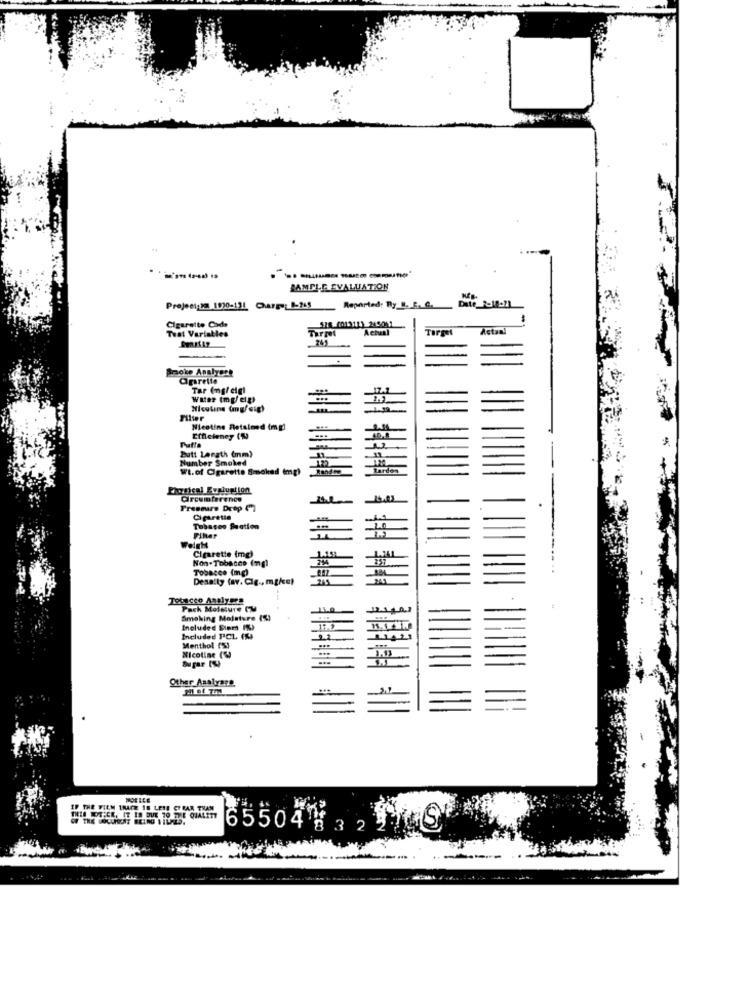
..
SAMPLE EVALUATION
Project:22 1930-131 Carga: 1-245
Reported: By_B. E. G.
Date 2-18-21
518 (01311) 245011
Teat Variables
Cigarette Code
Target
Actual
Target
noke Analyert
Oprette
Tar (mg/ eigl
17.1
Nicoline (mg/ sig)
Filter
Nicotine Retained (mg)
-
Efficiency (1)
Butt Lerath (mm)
Number Smoked
Wt.of Cigarette Smoked (mg)
Tardes
Circumference
Pressure Drop ("7
Cigaretta
Tobagoo Seatien
Finer
Cigarette (mg)
Non-Tobacco (mg)
Tobacco (mg)
Desalty (av. Cig ., mg/ce)
Tobacco Analyses
121101
Smoking Moisture (%)
Included Siert (%)
Included PCL (%)
Menthol (%)
Nicotine (W
Other Asalyane
MOELLE
IF THE WIEM LHACE IS LEIE CTRA
65504 . 2 TIS